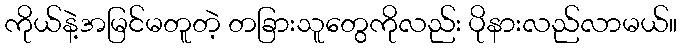
ကိုယ်နဲ့အမြင်မတူတဲ့ တခြားသူတွေကိုလည်း ပိုနားလည်လာမယ်။